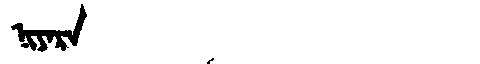
Manchu: ᠨᡳᠶᠠᡵᠠ
Romanization: NIYARA